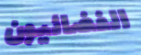
الفضائيون